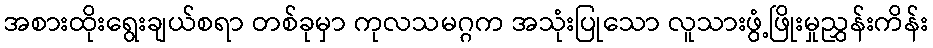
အစားထိုးရွေးချယ်စရာ တစ်ခုမှာ ကုလသမဂ္ဂက အသုံးပြုသော လူသားဖွံ့ဖြိုးမှုညွှန်းကိန်း